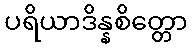
ပရိယာဒိန္နစိတ္တော